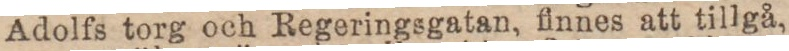
Adolfs torg och Regeringsgatan, finnes att tillgå,